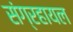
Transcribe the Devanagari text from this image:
संग्रहायल